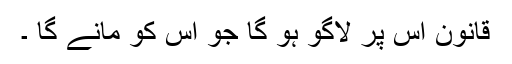
قانون اس پر لاگو ہو گا جو اس کو مانے گا ۔